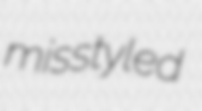
misstyled